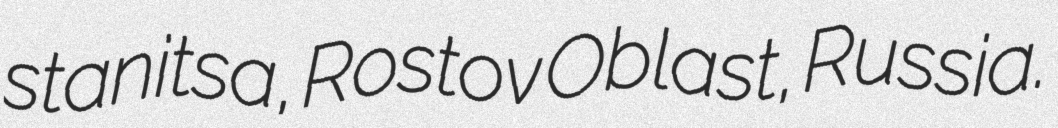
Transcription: stanitsa, Rostov Oblast, Russia.